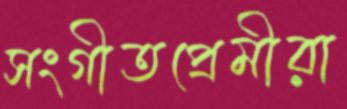
সংগীতপ্রেমীরা